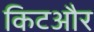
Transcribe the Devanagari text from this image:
किटऔर